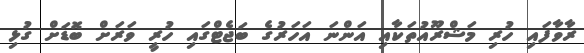
ރާވާފައި ހުރި މަޝްރޫއުތަކާއި އަންނަ އަހަރުގެ ބަޖެޓްގައި ހުރީ ވަރަށް ބޮޑަށް ގުޅި